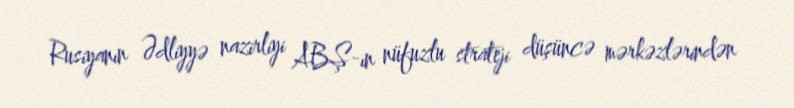
Rusiyanın Ədliyyə nazirliyi ABŞ-ın nüfuzlu strateji düşüncə mərkəzlərindən